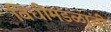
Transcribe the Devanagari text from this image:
विधीमंडळांची